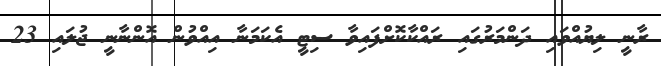
ރާނީ ލިޔުއްވައި ދަންމަރުގައި ރައްކާކޮށްފައިވާ ސިޓީ އެކަމަނާ އިއްވުން އޮންނާނީ ޖުލައި 23